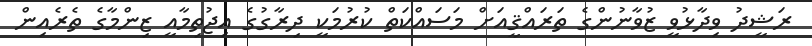
ރަޝީދު ވިދާޅުވީ ޒުވާނުންގެ ތަރައްޤީއަށް މަސައްކަތް ކުރުމަކީ ދިރާގުގެ އިޖުތިމާއީ ޒިންމާގެ ތެރެއިން